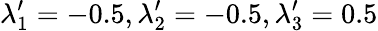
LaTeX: \lambda_{1}^{\prime}=-0.5,\lambda_{2}^{\prime}=-0.5,\lambda_{3}^{\prime}=0.5